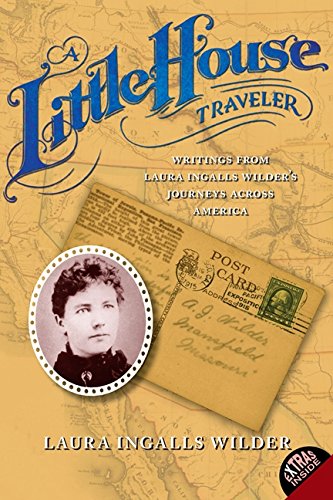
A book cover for A Little House Traveler: Writings from Laura Ingalls Wilder's Journeys Across America; Laura Ingalls Wilder; Children's Books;